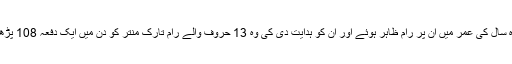
بارہ سال کی عمر میں ان پر رام ظاہر ہوئے اور ان کو ہدایت دی کی وہ 13 حروف والے رام تارک منتر کو دن میں ایک دفعہ 108 پڑھیں۔